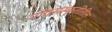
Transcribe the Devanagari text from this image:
नागसंस्कृतीतील